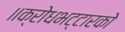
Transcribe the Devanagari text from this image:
॥क्रोधभट्टारको